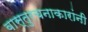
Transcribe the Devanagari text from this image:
वास्तुरचनाकारांनी